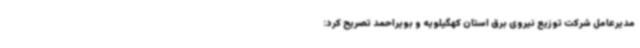
مدیرعامل شرکت توزیع نیروی برق استان کهگیلویه و بویراحمد تصریح کرد: